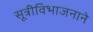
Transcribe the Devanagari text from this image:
सूत्रीविभाजनाने